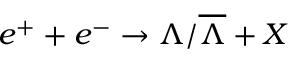
e ^ { + } + e ^ { - } \rightarrow \Lambda / \overline { { { \Lambda } } } + X